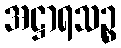
အဋ္ဌာရသဉ္စ